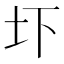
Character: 圷